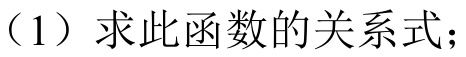
（1）求此函数的关系式；